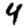
Digit: 4